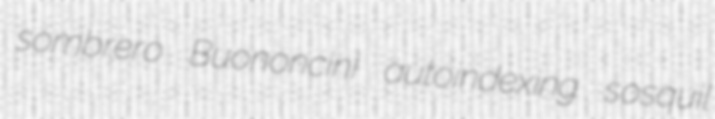
sombrero Buononcini autoindexing sosquil